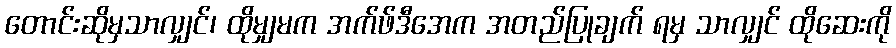
တောင်းဆိုမှသာလျှင်၊ ထိုမျှမက အက်ဖ်ဒီအေက အတည်ပြုချက် ရမှ သာလျှင် ထိုဆေးကို